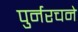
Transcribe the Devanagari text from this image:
पुर्नरचने